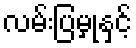
လမ်းပြမှုနှင့်